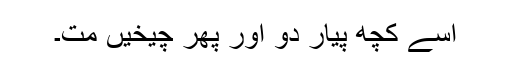
اسے کچھ پیار دو اور پھر چیخیں مت۔